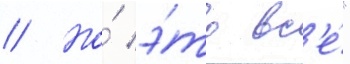
// Но́ э́то вс'е́"